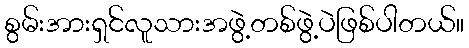
စွမ်းအားရှင်လူသားအဖွဲ့တစ်ဖွဲ့ပဲဖြစ်ပါတယ်။